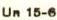
Un 15-6